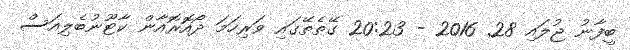
ބީފާނު ޖުލައި 28